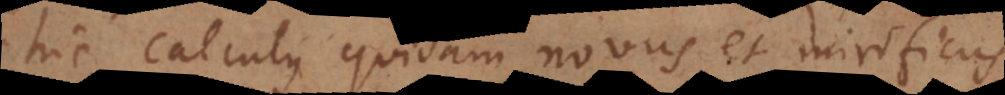
hic calculus quidam novus et mirificus,